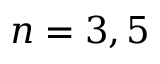
n = 3 , 5